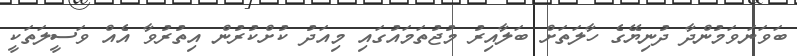
ބަވަނަވަމުންދާ ދުނިޔޭގެ ހާލަތަށް ބަލާއިރު މުޖުތަމައުގައި މިއަދު ކުށްކުރުން އިތުރުވާ އެއް ވަސީލަތަކީ